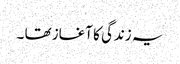
یہ زندگی کا آغاز تھا ۔